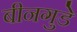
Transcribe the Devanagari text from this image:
बीनगुडे